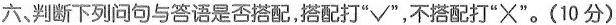
六、判断下列问句与答语是否搭配,搭配打"√",不搭配打"×"。(10 分)